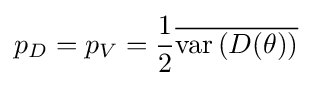
p_{D}=p_{V}={\frac {1}{2}}{\overline {\operatorname {var} \left(D(\theta )\right)}}